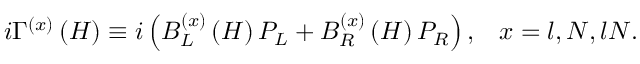
i \Gamma ^ { ( x ) } \left( H \right) \equiv i \left( B _ { L } ^ { ( x ) } \left( H \right) P _ { L } + B _ { R } ^ { ( x ) } \left( H \right) P _ { R } \right) , \; \; \; x = l , N , l N .